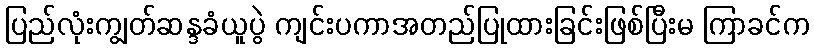
ပြည်လုံးကျွတ်ဆန္ဒခံယူပွဲ ကျင်းပကာအတည်ပြုထားခြင်းဖြစ်ပြီးမ ကြာခင်က